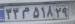
۳۳م۵۱۸۲۹